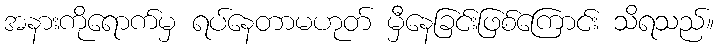
အနားကိုရောက်မှ ရပ်နေတာမဟုတ် မှီနေခြင်းဖြစ်ကြောင်း သိရသည်။